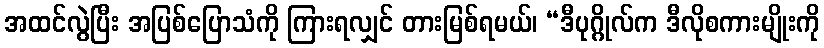
အထင်လွဲပြီး အပြစ်ပြောသံကို ကြားရလျှင် တားမြစ်ရမယ်၊ “ဒီပုဂ္ဂိုလ်က ဒီလိုစကားမျိုးကို